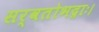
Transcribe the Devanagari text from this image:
सर्वतोभद्राः।